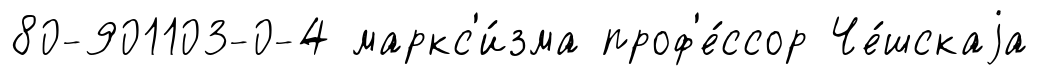
80-901103-0-4 маркс'и́зма проф'е́ссор Че́шскаjа